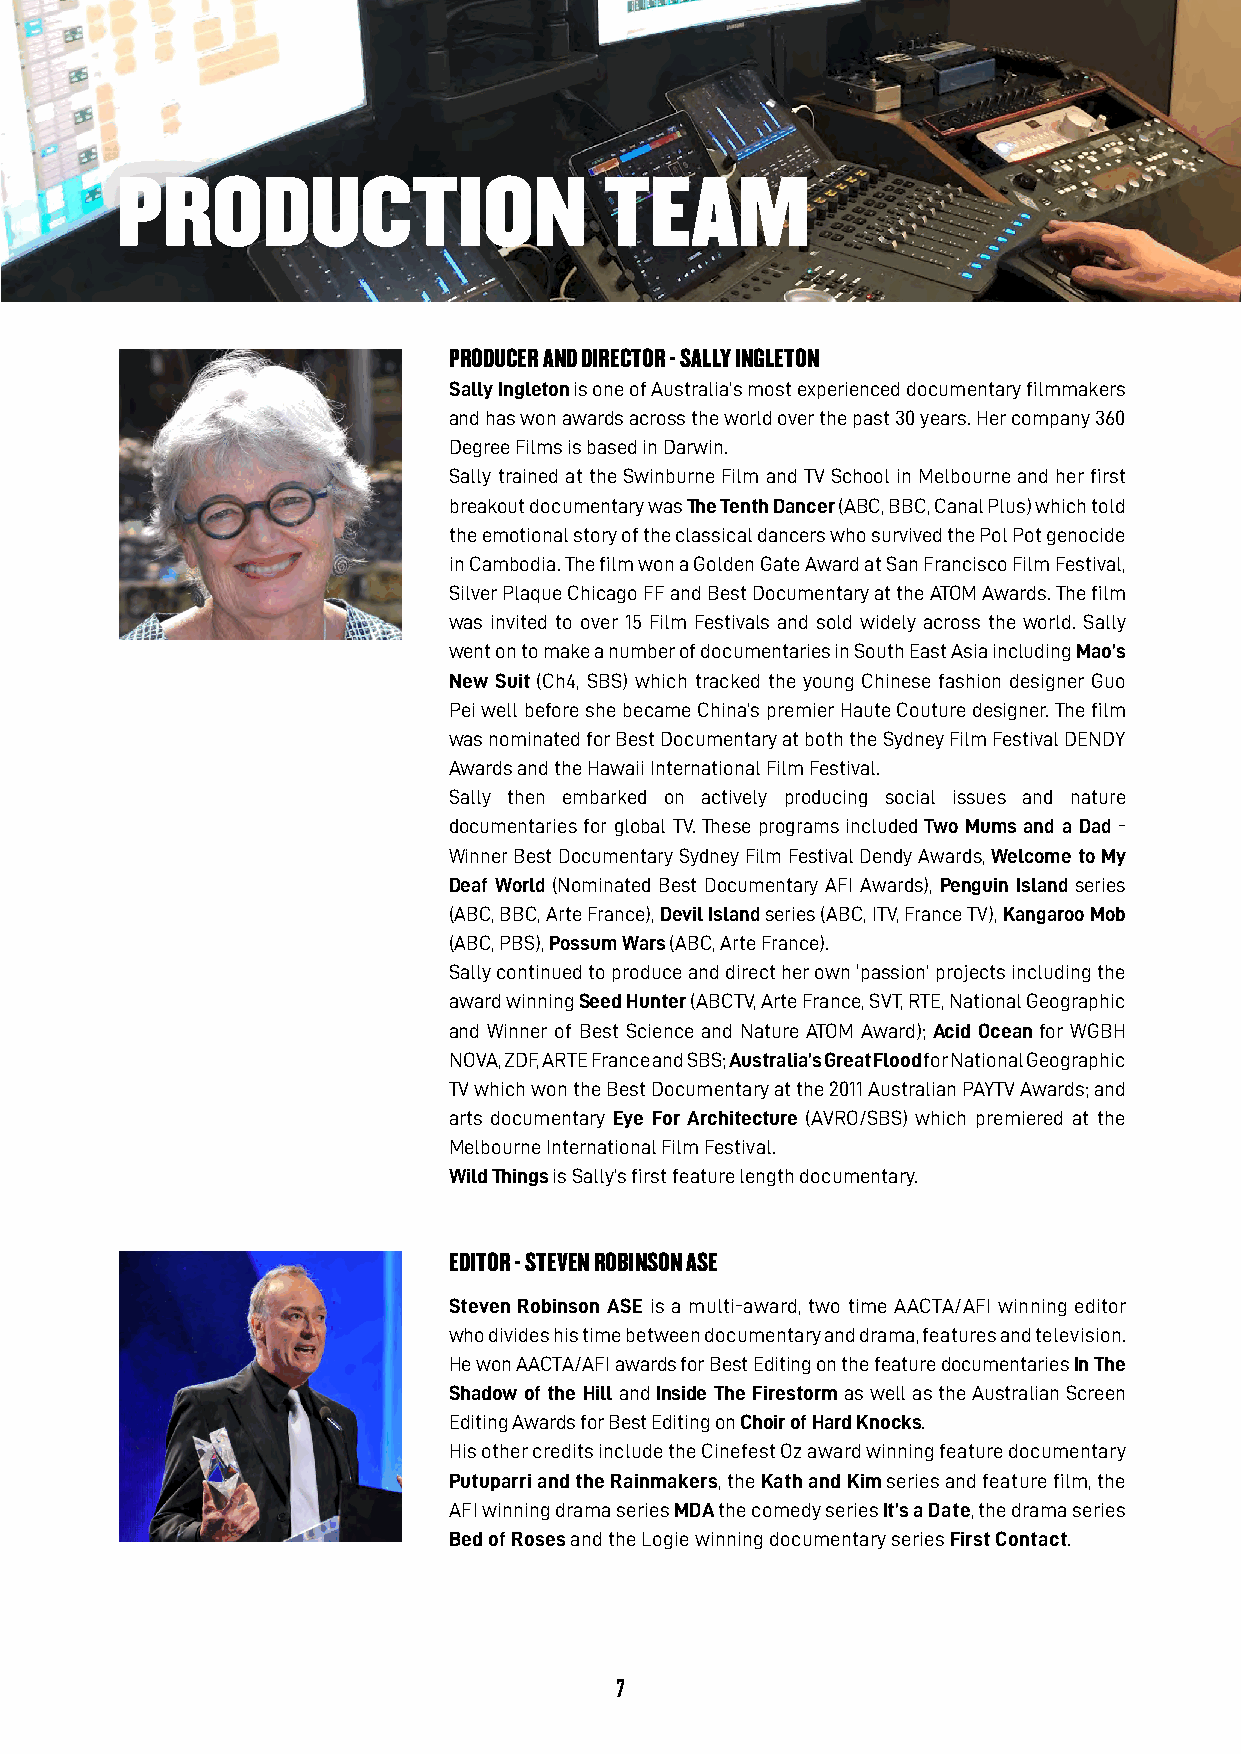
PRODuCTIOn                      TEaM
 PRODUCER AND DIRECTOR - SALLY INGLETON
 Sally Ingleton is one of Australia’s most experienced documentary filmmakers
 and has won awards across the world over the past 30 years. Her company 360
 Degree Films is based in Darwin.
 Sally trained at the Swinburne Film and TV School in Melbourne and her first
 breakout documentary was The Tenth Dancer (ABC, BBC, Canal Plus) which told
 the emotional story of the classical dancers who survived the Pol Pot genocide
 in Cambodia. The film won a Golden Gate Award at San Francisco Film Festival,
 Silver Plaque Chicago FF and Best Documentary at the ATOM Awards. The film
 was invited to over 15 Film Festivals and sold widely across the world. Sally
 went on to make a number of documentaries in South East Asia including Mao’s
 New Suit (Ch4, SBS) which tracked the young Chinese fashion designer Guo
 Pei well before she became China’s premier Haute Couture designer. The film
 was nominated for Best Documentary at both the Sydney Film Festival DENDY
 Awards and the Hawaii International Film Festival.
 Sally then embarked on actively producing social issues and nature
 documentaries for global TV. These programs included Two Mums and a Dad -
 Winner Best Documentary Sydney Film Festival Dendy Awards, Welcome to My
 Deaf World (Nominated Best Documentary AFI Awards), Penguin Island series
 (ABC, BBC, Arte France), Devil Island series (ABC, ITV, France TV), Kangaroo Mob
 (ABC, PBS), Possum Wars (ABC, Arte France).
 Sally continued to produce and direct her own ‘passion’ projects including the
 award winning Seed Hunter (ABCTV, Arte France, SVT, RTE, National Geographic
 and Winner of Best Science and Nature ATOM Award); Acid Ocean for WGBH
 NOVA, ZDF, ARTE France and SBS; Australia’s Great Flood for National Geographic
 TV which won the Best Documentary at the 2011 Australian PAYTV Awards; and
 arts documentary Eye For Architecture (AVRO/SBS) which premiered at the
 Melbourne International Film Festival.
 Wild Things is Sally’s first feature length documentary.
 EDITOR - STEvEN ROBINSON ASE
 Steven Robinson ASE is a multi-award, two time AACTA/AFI winning editor
 who divides his time between documentary and drama, features and television.
 He won AACTA/AFI awards for Best Editing on the feature documentaries In The
 Shadow of the Hill and Inside The Firestorm as well as the Australian Screen
 Editing Awards for Best Editing on Choir of Hard Knocks.
 His other credits include the Cinefest Oz award winning feature documentary
 Putuparri and the Rainmakers, the Kath and Kim series and feature film, the
 AFI winning drama series MDA the comedy series It’s a Date, the drama series
 Bed of Roses and the Logie winning documentary series First Contact.
 7